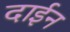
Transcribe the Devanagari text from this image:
दाईन